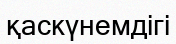
қаскүнемдігі